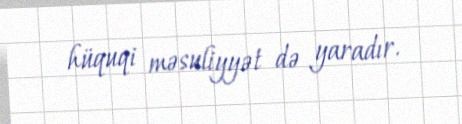
hüquqi məsuliyyət də yaradır.